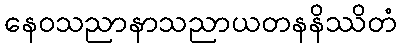
နေဝသညာနာသညာယတနနိဿိတံ